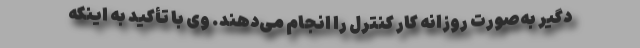
دگیر به‌صورت روزانه کار کنترل را انجام می‌دهند. وی با تأکید به اینکه